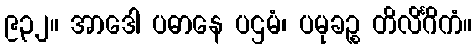
၉၃၂။ အာဒေါ ပဓာနေ ပဌမံ၊ ပမုခဉ္စ တိလိင်္ဂိကံ။